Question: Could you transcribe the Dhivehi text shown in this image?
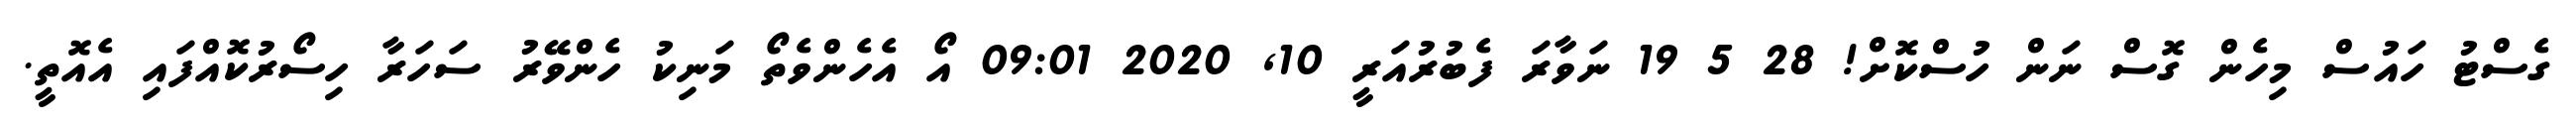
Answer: ގެސްޓު ހައުސް މިހެން ގޮސް ނަން ހުސްކޮށް! 28 5 19 ނަވާރަ ފެބުރުއަރީ 10, 2020 09:01 އޯ އެހެންވެތޯ މަނިކު ހެންވޭރު ސަހަރާ ހިސޯރުކޮއްފައި އެއޮތީ.